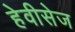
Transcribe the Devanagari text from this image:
हेवीसेज